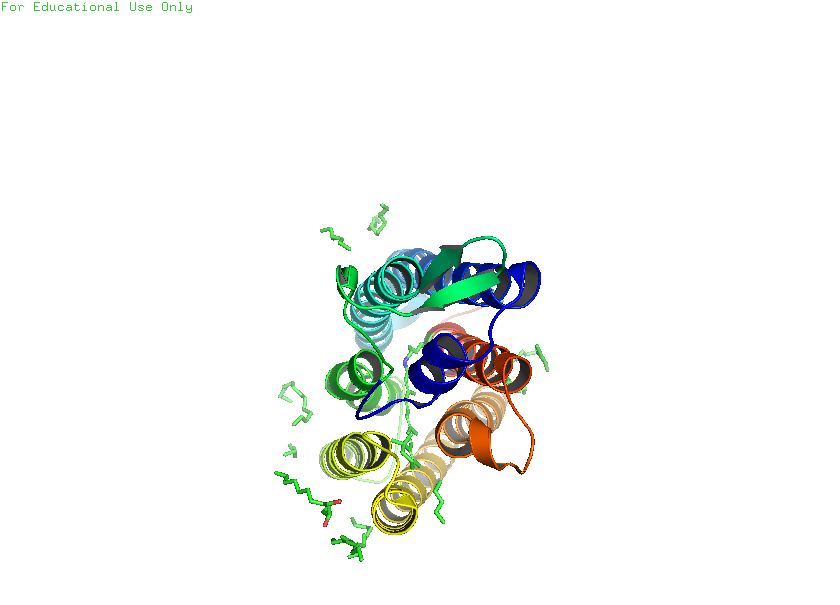
pymol, preset, publication